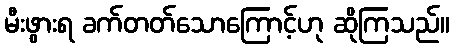
မီးဖွားရ ခက်တတ်သောကြောင့်ဟု ဆိုကြသည်။